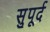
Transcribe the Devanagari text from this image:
सुुपूर्द